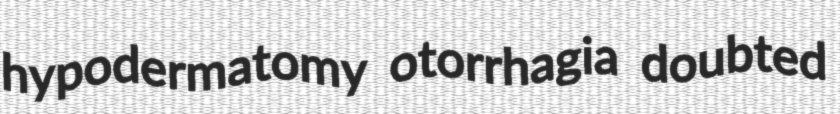
hypodermatomy otorrhagia doubted